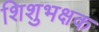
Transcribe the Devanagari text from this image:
शिशुभक्षक